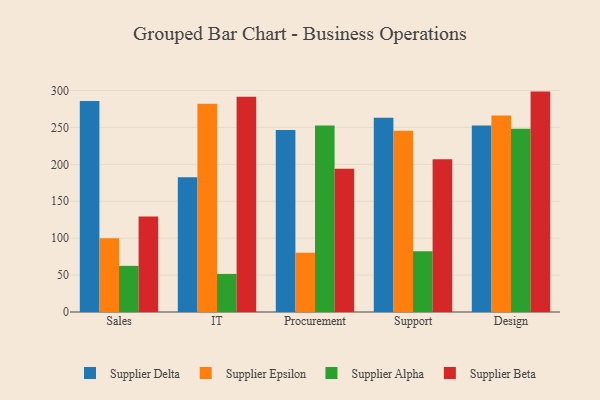
{"axis": {"x": "Department", "y": "Demand Index"}, "legend": ["Supplier Alpha", "Supplier Beta", "Supplier Delta", "Supplier Epsilon"], "data": [{"x": "Sales", "y": 285.6, "type": "Supplier Delta"}, {"x": "Sales", "y": 100.0, "type": "Supplier Epsilon"}, {"x": "Sales", "y": 62.5, "type": "Supplier Alpha"}, {"x": "Sales", "y": 129.3, "type": "Supplier Beta"}, {"x": "IT", "y": 182.5, "type": "Supplier Delta"}, {"x": "IT", "y": 282.2, "type": "Supplier Epsilon"}, {"x": "IT", "y": 51.6, "type": "Supplier Alpha"}, {"x": "IT", "y": 291.4, "type": "Supplier Beta"}, {"x": "Procurement", "y": 246.5, "type": "Supplier Delta"}, {"x": "Procurement", "y": 80.2, "type": "Supplier Epsilon"}, {"x": "Procurement", "y": 252.7, "type": "Supplier Alpha"}, {"x": "Procurement", "y": 194.1, "type": "Supplier Beta"}, {"x": "Support", "y": 263.0, "type": "Supplier Delta"}, {"x": "Support", "y": 245.4, "type": "Supplier Epsilon"}, {"x": "Support", "y": 82.3, "type": "Supplier Alpha"}, {"x": "Support", "y": 207.0, "type": "Supplier Beta"}, {"x": "Design", "y": 252.6, "type": "Supplier Delta"}, {"x": "Design", "y": 266.3, "type": "Supplier Epsilon"}, {"x": "Design", "y": 248.3, "type": "Supplier Alpha"}, {"x": "Design", "y": 298.5, "type": "Supplier Beta"}]}